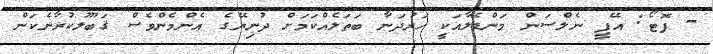
- ފޮޓޯ: އޭޕީ ނެލްސަން މަންޑޭލާއަކީ ހަރުދަނާ ބަތަލެއްކަމަށް ދުނިޔޭގެ އެންމެންވެސް ޤަބޫލުކުރާނެކަން